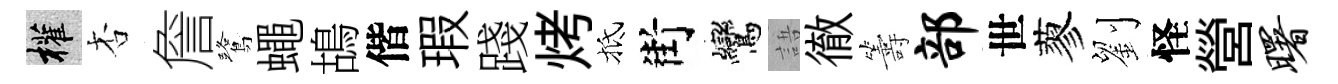
權杏詹鷺蠅鴣偕瑕踐烤抵街鸞語徹籌部世蓼劉怪營曙